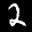
Label: 2